King Institute of Preventive Medicine Bacteriolog. Section reports 1907-08
Year: 1907
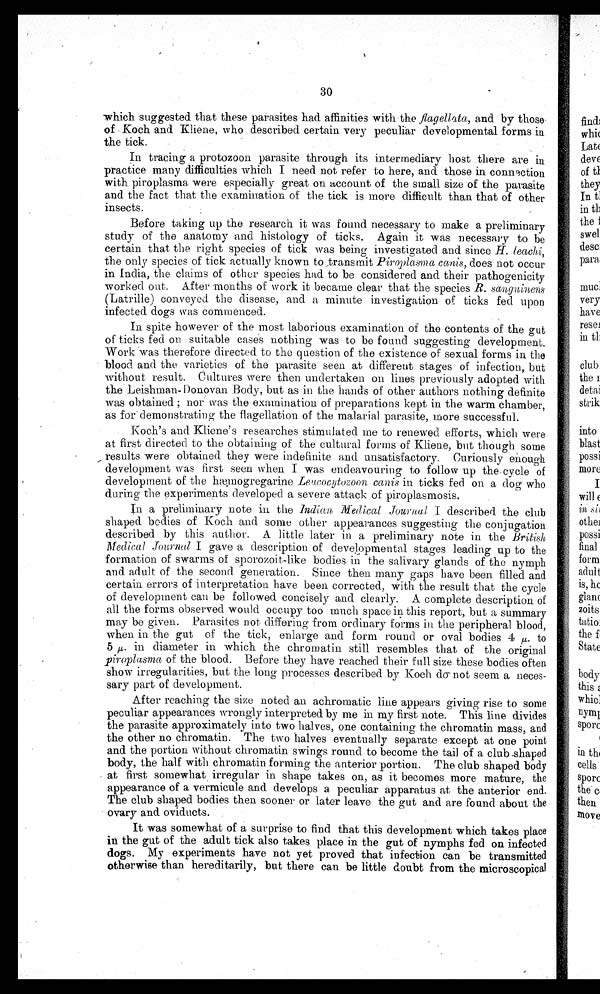
30
which suggested that these parasites had affinities with the flagellata, and by those
of Koch and Kliene, who described certain very peculiar developmental forms in
the tick.
In tracing a protozoon parasite through its intermediary host there are in
practice many difficulties which I need not refer to here, and those in connection
with piroplasma were especially great on account of the small size of the parasite
and the fact that the examination of the tick is more difficult than that of other
insects.
Before taking up the research it was found necessary to make a preliminary
study of the anatomy and histology of ticks. Again it was necessary to be
certain that the right species of tick was being investigated and since H. leachi,
the only species of tick actually known to transmit Piroplasma canis, does not occur
in India, the claims of other species had to be considered and their pathogenicity
worked out. After months of work it became clear that the species R. sanguinens
(Latrine) conveyed the disease, and a minute investigation of ticks fed upon
infected dogs was commenced.
In spite however of the most laborious examination of the contents of the gut
of ticks fed on suitable cases nothing was to be found suggesting development.
Work was therefore directed to the question of the existence of sexual forms in the
blood and the varieties of the parasite seen at different stages of infection, but
without result. Cultures were then undertaken on lines previously adopted with
the Leishman- Donovan Body, but as in the hands of other authors nothing definite
was obtained ; nor was the examination of preparations kept in the warm chamber,
as for demonstrating the flagellation of the malarial parasite, more successful.
Koch's and Kliene's researches stimulated me to renewed efforts, which were
at first directed to the obtaining of the cultural forms of Kliene, but though some
results were obtained they were indefinite and unsatisfactory. Curiously enough
development was first seen when I was endeavouring to follow up the cycle of
development of the hæmogregarine Leucocytozoon canis in ticks fed on a dog who
during the experiments developed a severe attack of piroplasmosis.
In a preliminary note in the Indian Medical Journal I described the club
shaped bodies of Koch and some other appearances suggesting the conjugation
described by this author. A little later in a preliminary note in the British
Medical Journal I gave a description of developmental stages leading up to the
formation of swarms of sporozoit-like bodies in the salivary glands of the nymph
and adult of the second generation. Since then many gaps have been filled and
certain errors of interpretation have been corrected, with the result that the cycle
of development can be followed concisely and clearly. A complete description of
all the forms observed would occupy too much space in this report, but a summary
may be given. Parasites not differing from ordinary forms in the peripheral blood,
when in the gut of the tick, enlarge and form round or oval bodies 4 µ. to
5 µ . i n d i a m e t e r i n w h i c h t h e c h r o m a t i n s t i l l r e s e m b l e s t h a t o f t h e o r i g i n a l
piroplasma of the blood. Before they have reached their full size these bodies often
show irregularities, but the long processes described by Koch do not seem a neces--
sary part of development.
After reaching the size noted an achromatic line appears giving rise to some
peculiar appearances wrongly interpreted by me in my first note. This line divides
the parasite approximately into two halves, one containing the chromatin mass, and
the other no chromatin. The two halves eventually separate except at one point
and the portion without chromatin swings round to become the tail of a club shaped
body, the half with chromatin forming the anterior portion. The club shaped body
at first somewhat irregular in shape takes on, as it becomes more mature, the
appearance of a vermicule and develops a peculiar apparatus at the anterior end.
The club shaped bodies then sooner or later leave the gut and are found about the
ovary and oviducts.
It was somewhat of a surprise to find that this development which takes place
in the gut of the adult tick also takes place in the gut of nymphs fed on infected
dogs. My experiments have not yet proved that infection can be transmitted
otherwise than hereditarily, but there can be little doubt from the microscopical